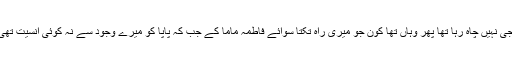
گھر جانے کو جی نہیں چاہ رہا تھا پھر وہاں تھا کون جو میری راہ تکتا سوائے فاطمہ ماما کے جب کہ پاپا کو میرے وجود سے نہ کوئی انسیت تھی اور نہ رغبت۔